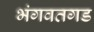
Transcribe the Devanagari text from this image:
भंगवतगड